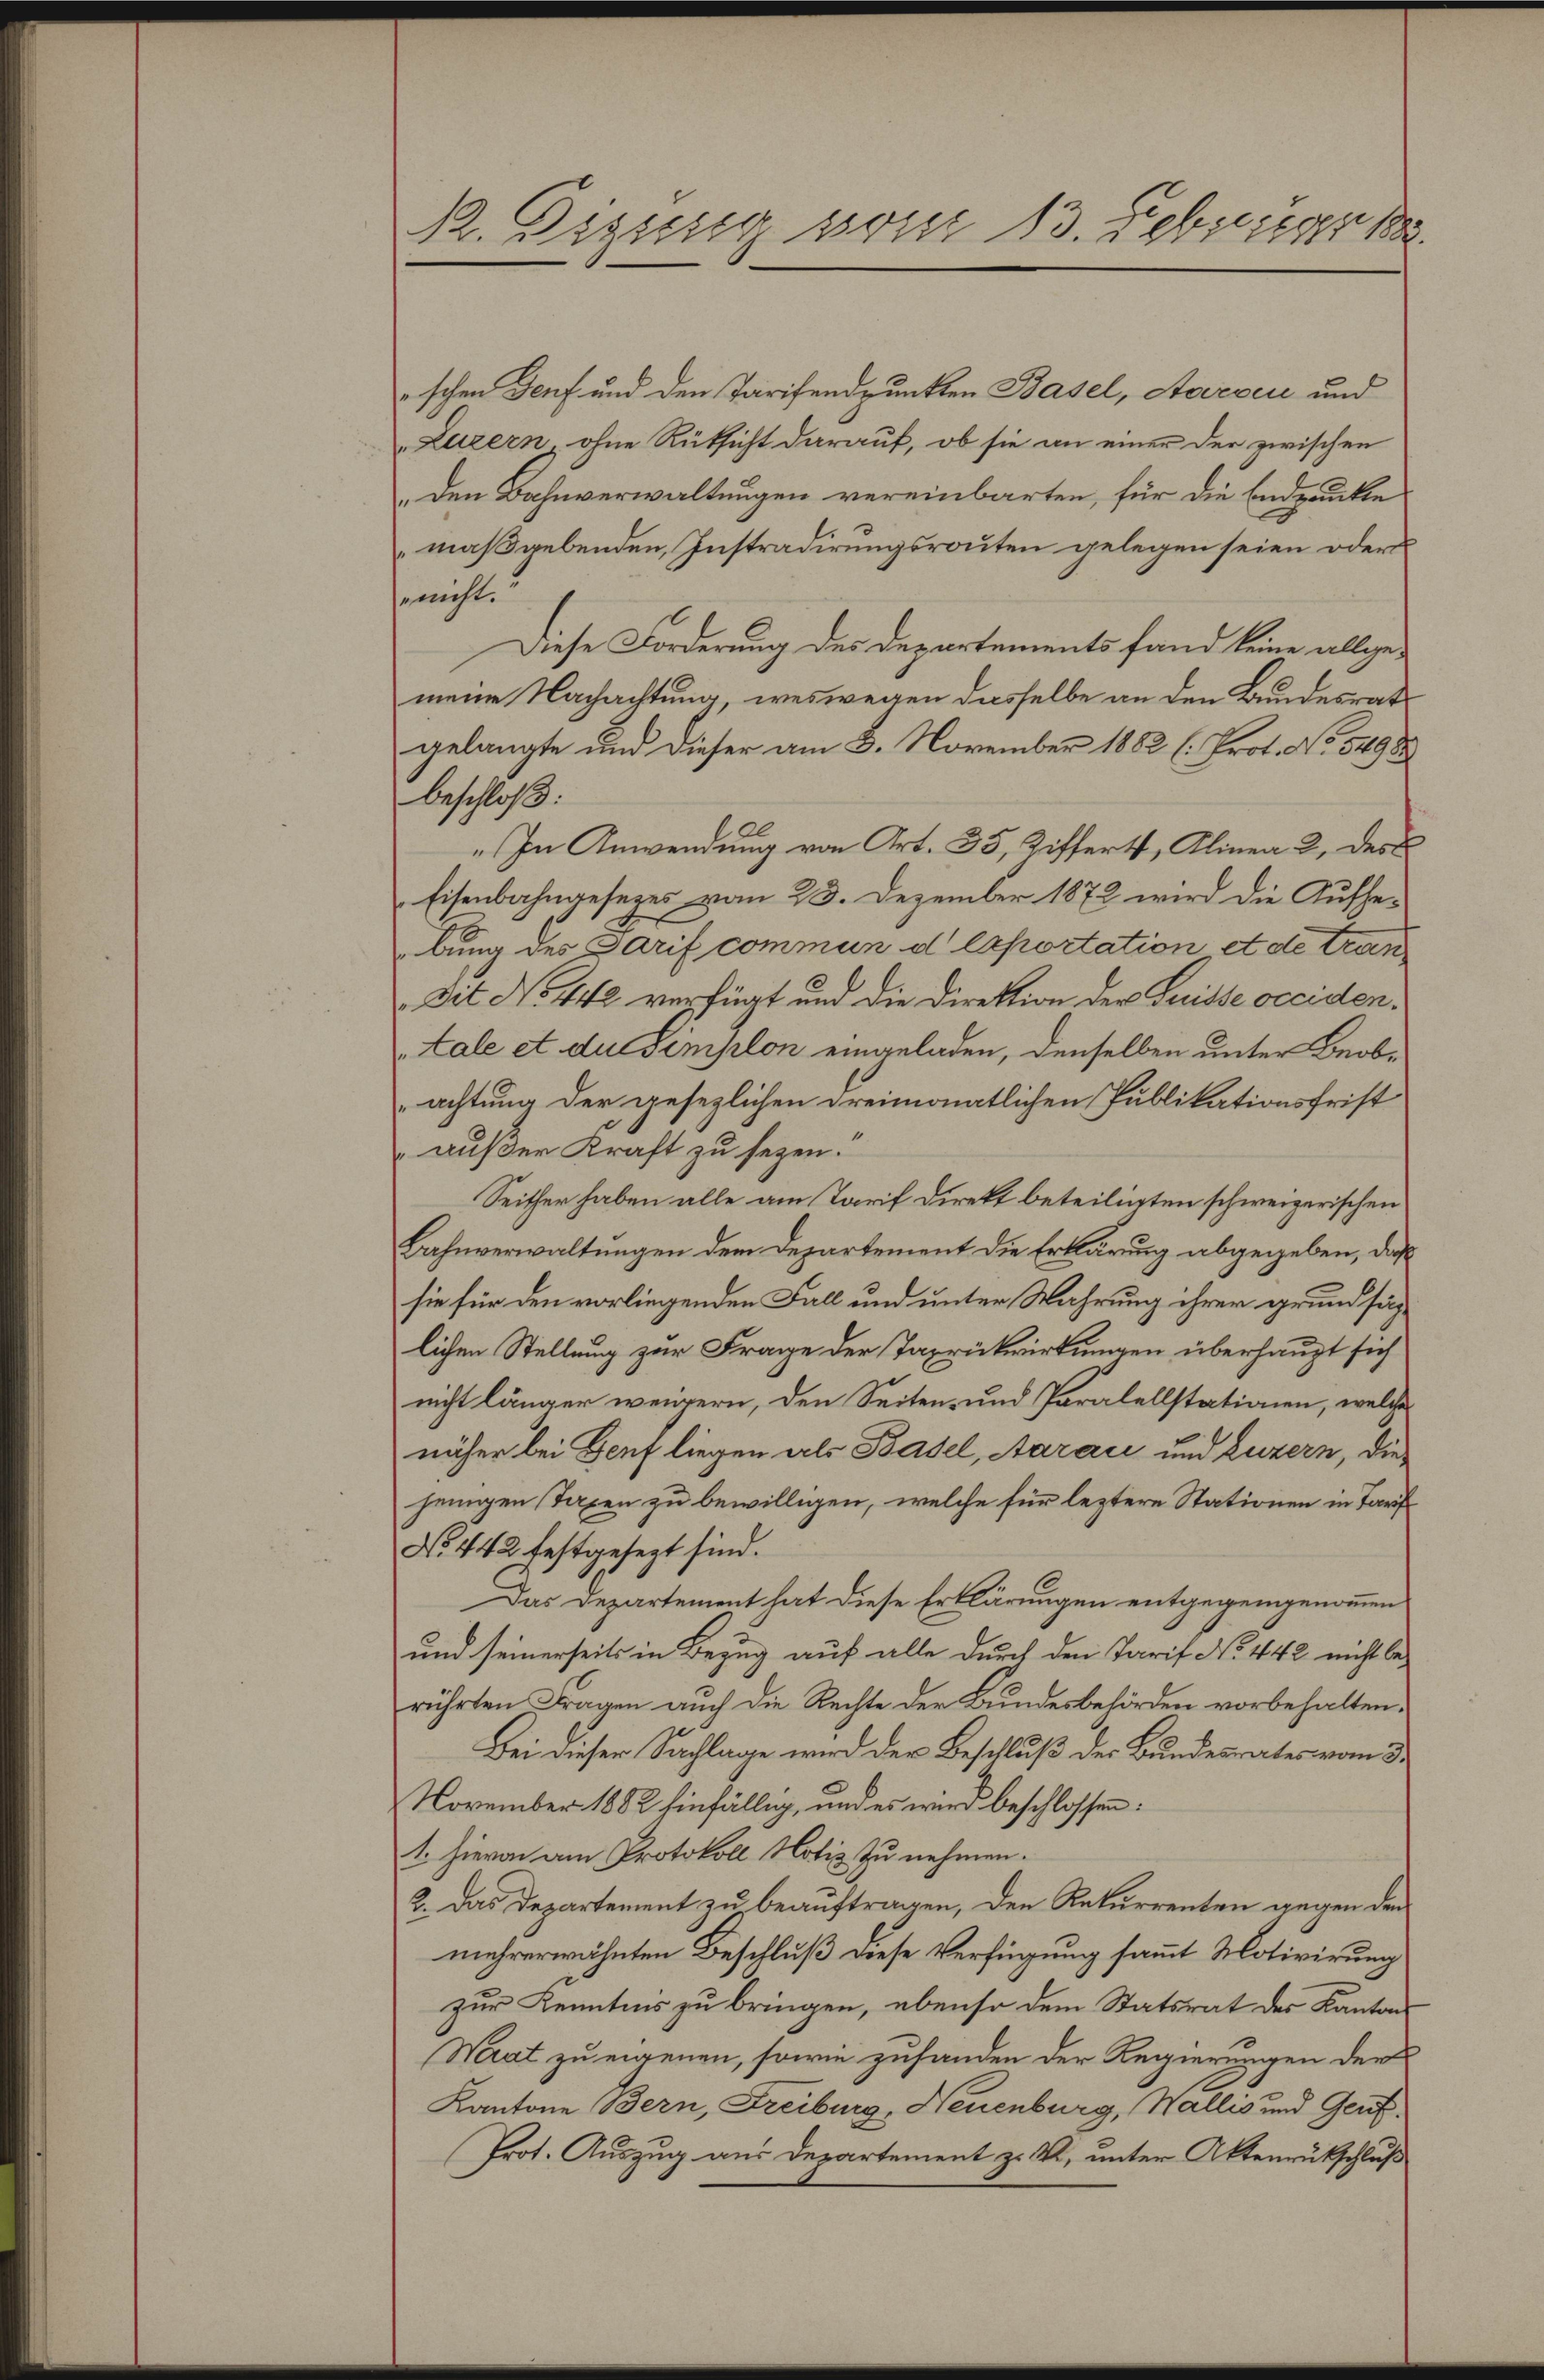
R. Diesig vom 13. Febriger de

schen Genf und den Tarifendpunkten Basel, Aarbei und
Luzern, ohne Rüksicht darauf, ob sie an einer der zwischen
„Den Bahnverwaltungen vereinbarten, für die Endpunkte
maßgebenden Instradirungsrouten gelegen seien oder
se nicht.
Diese Forderung des Departements fand keine allgemeine Nachachtung, weswegen dasselbe an den Bundesrat
gelangte und dieser am 8. November 1882 (Prot. No. 5498
beschloß:
„In Anwendung von Art. 35, Ziffert, Alinea 2, des
Eisenbahngesezes vom 23. Dezember 1872 wird die Aufhebung des Sarif commun d Exportation et de tran¬
Dit No. 442 verfügt und die Direktion der Suisse occidentale et du simplon eingeladen, denselben unter Beobachtung der gesezlichen dreimonatlichen Publikationsfrist
außer Kraft zu sezen.
Seither haben alle am Tarif Direkt beteiligten schweizerischen
Bahnverwaltungen dem Departement die Erklärung abgegeben, daß
sie für den vorliegenden Fall und unter Wahrung ihrer grundsätzlichen Stellung zur Frage der Taxrückwirkungen überhaupt sich
nicht länger weigern, den Seiten- und Paralellstationen, welches
näher bei Genf liegen als Basel, Aaraci und Luzern, die
jenigen Taxen zu bewilligen, welche für leztere Stationen in Tarif
No 442 festgesezt sind.
Das Departement hat diese Erklärungen entgegengenommen
und seinerseits in Bezug auf alle durch den Tarif No 442 nicht be-
rührten Fragen auch die Rechte der Bundesbehörden vorbehalten.
Bei dieser Sachlage wird der Beschluß der Bundesrates vom 3.
November 1882 hinfällig, und es wird beschlossen:
1. Hievon am Protokoll Notiz zu nehmen.
2. Das Departement zu beauftragen, den Rekurrenten gegen den
mehrerwähnten Beschluß diese Verfügung sammt Motivirung
zur Kenntnis zu bringen, ebenso dem Statsrat des Kanton
Waat zu eigenen, sowie zufanden der Regierungen der
Kantone Bern, Freiburg, Neuenburg, Wallis und Genf¬
Prot. Auszug aus Departement z. B. unter Aktenrückschluß